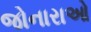
જોનારાઓ